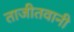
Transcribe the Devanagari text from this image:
ताजीतवानी